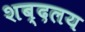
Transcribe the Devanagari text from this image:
शब्दलय